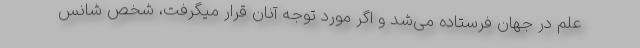
علم در جهان فرستاده می‌شد و اگر مورد توجه آنان قرار میگرفت، شخص شانس